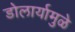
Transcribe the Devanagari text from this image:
डोलार्यामुळे